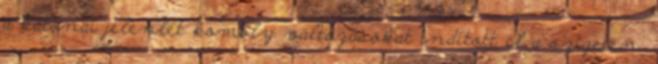
a katonai jelenlét komoly változásokat indított el a szigeten.